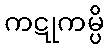
ကဋုကမ္ပိ